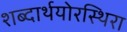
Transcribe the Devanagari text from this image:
शब्दार्थयोरस्थिरा